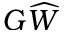
G \widehat { W }